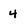
Character: 4